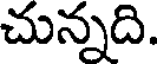
చున్నది.